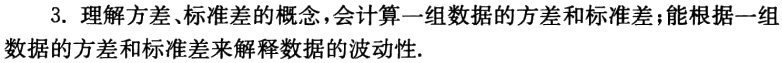
3. 理解方差、标准差的概念，会计算一组数据的方差和标准差；能根据一组数据的方差和标准差来解释数据的波动性.